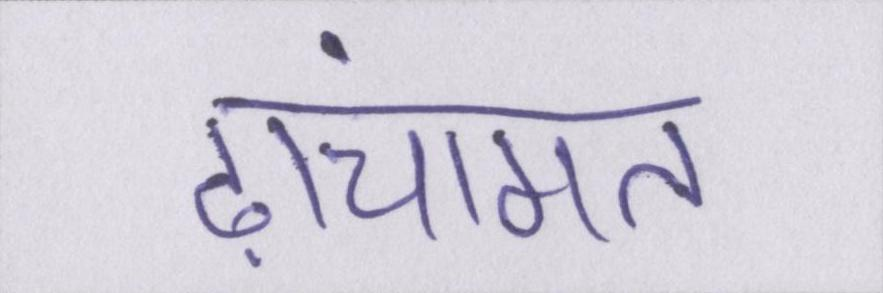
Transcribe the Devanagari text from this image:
ढांचागत